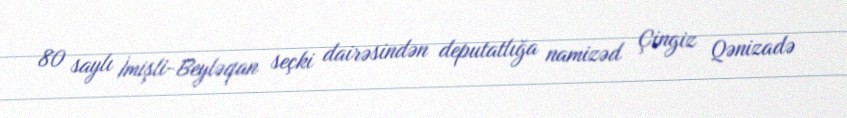
80 saylı İmişli-Beyləqan seçki dairəsindən deputatlığa namizəd Çingiz Qənizadə